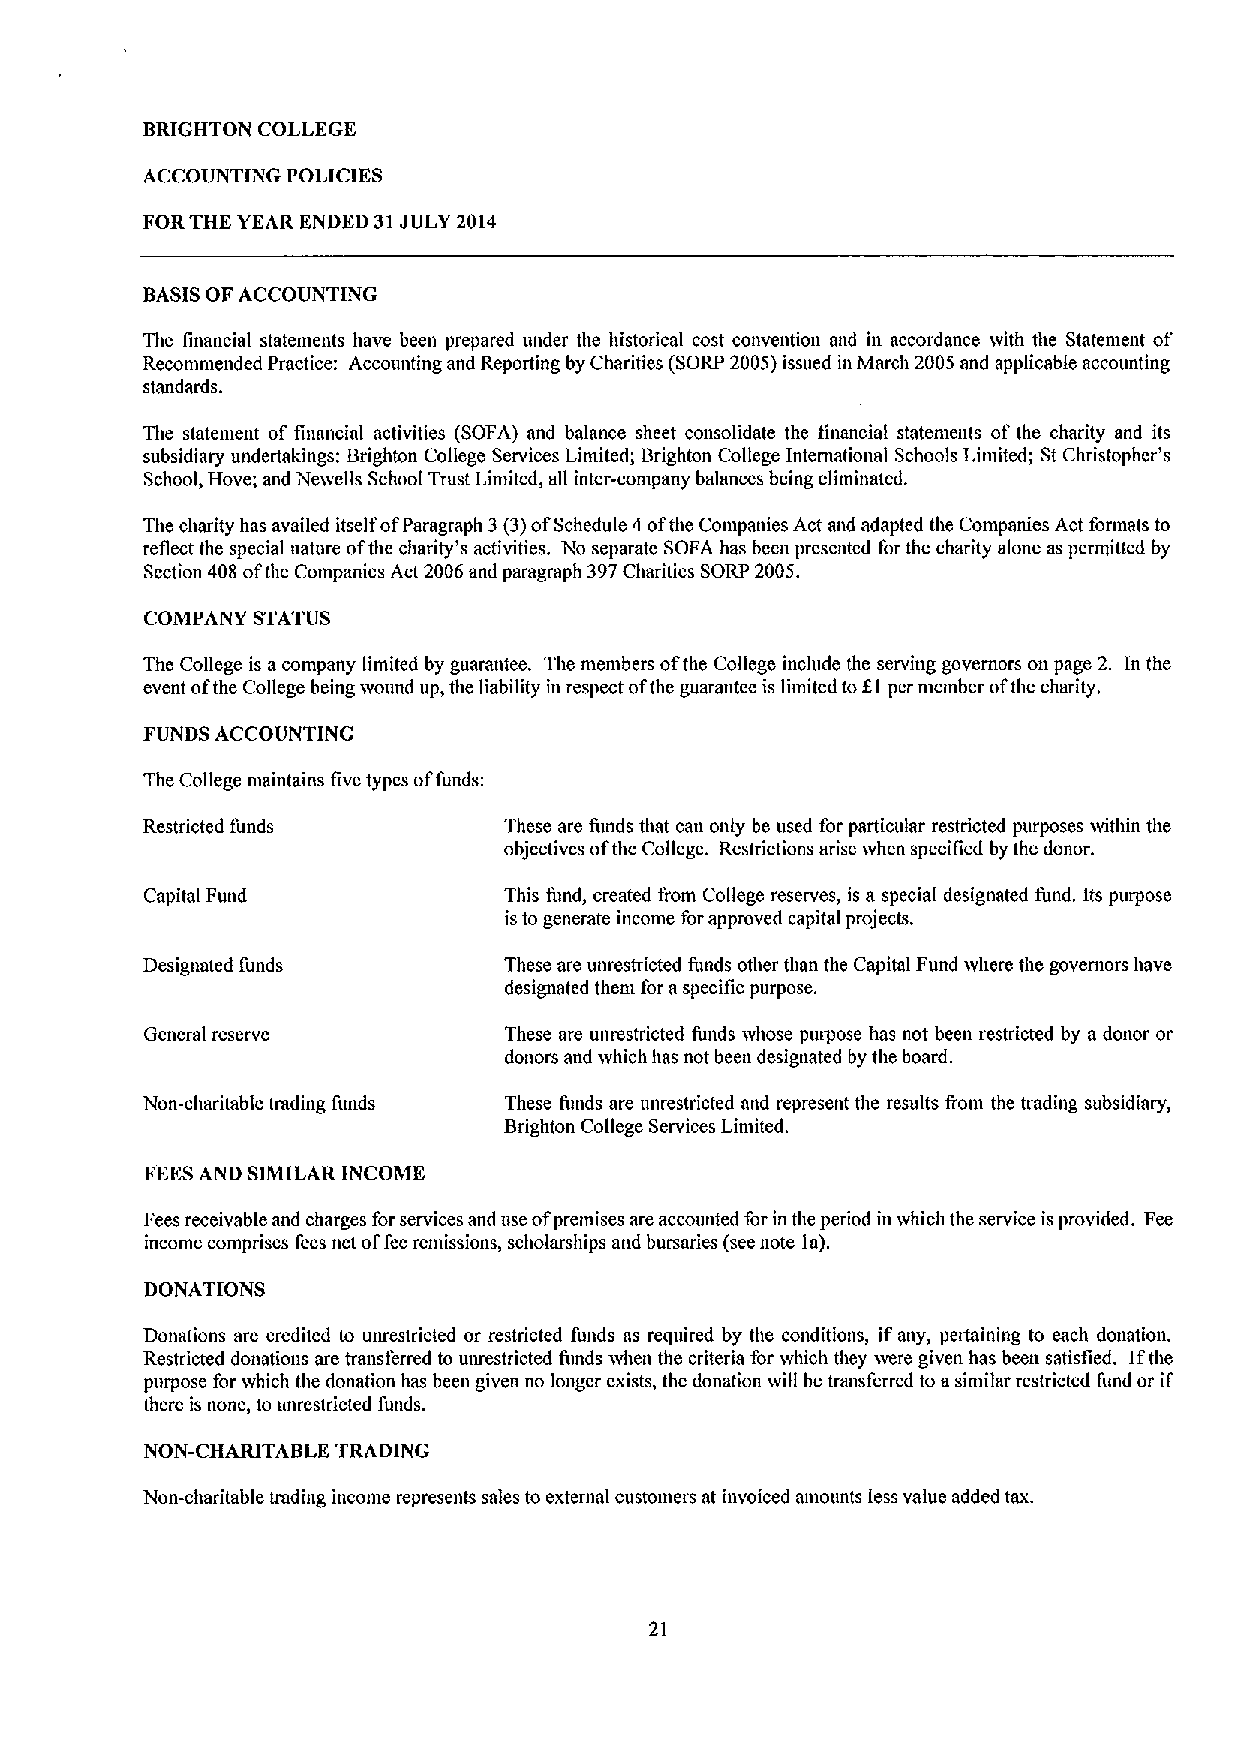
BRIGHTON COLLEGE
 ACCOUNTING POLICIES
 FORTHE YEAR ENDED 31JULY 2014
 BASISOF ACCOUNTING
 The financial statements have been prepared under the historical cost convention mid in accordance ivith the Statement of
 Recommended Practice: Accounting and Reporting by Charities (SORP 2005)issued in March 2005 and applicable accounting
 standards.
 The statement of financial activities (SOFA) and balance sheet consolidate the financial statenients of the charity and its
 subsidiary undertakings: Brighton College Services Limited; Brighton College Inteniational Schools Limited; St Cluistopher's
 School, Hove; and Neivells School Trust Limited, all inter-company balances being eliminated.
 The charity has availed itself ofParagraph 3(3)ofSchedule 4ofthe Companies Act and adapted the Companies Act formats to
 reflect the special nature ofthe charity's activities. No separate SOFA has been presented for the charity alone as permitted by
 Section 408 ofthe Companies Act 2006and paragraph 397Charities SORP 2005.
 COMPANY STATUS
 The College is acompany limited by guarantee. The nienibers ofthe College include the serving governors on page 2. In the
 event ofthe College being ivound up, the liability in respect ofthe guarantee is limited toKl per member ofthe charity.
 FUNDS ACCOUNTING
 The College niaintains five types offunds:
 Restricted funds        These are funds tlmt can only be used for particular restricted purposes ivithin the
 objectives ofthe College. Restrictions arise ivhen specified by the donor.
 Capital Fund           This fimd, created from College reserves, is a special designated fund. Its purpose
 isto generate income forapproved capital projects.
 Designated funds        These are unrestricted funds other than the Capital Fund ivhere the governors have
 designated them for aspecific purpose.
 General reserve        These are unrestricted funds ivhose purpose has not been restricted by a donor or
 donors and ivhich has not been designated by the board.
 Non-charitable trading funds These fimds are unrestricted and represent the results from the trading subsidiary,
 Brighton College Services Limited.
 FEESAND SIMILAR INCOME
 Fees receivable and charges forservices and use ofpremises are accounted for in the period in ivhich the service isprovided. Fee
 income comprises fees net offeeremissions, scholarships and bursaries (seenote la).
 DONATIONS
 Donations are credited to unrestricted or restricted funds as required by the conditions, if any, pertaining to each donation.
 Restricted donations are tmnsferred to unrestricted fimds ivhen the criteria for ivhich they were given has been satisfied. Ifthe
 purpose for ivhich the donation has been given no longer exists, the donation ivill be transferred to asimilar restricted fund or if
 there is none, to unrestricted funds.
 NON-CHARITABLE TRADING
 Non-charitable trading income represents sales to external customers at invoiced amounts less value added tax.
 21